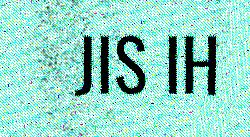
JIS IH